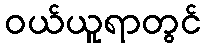
ဝယ်ယူရာတွင်